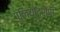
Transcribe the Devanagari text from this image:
प्लियोटरोपी